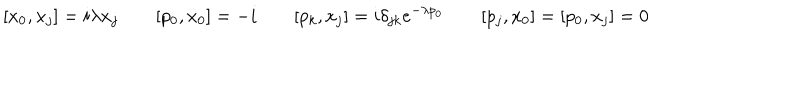
LaTeX: [ x _ { 0 } , x _ { j } ] = i \lambda x _ { j } \qquad [ p _ { 0 } , x _ { 0 } ] = - i \qquad [ p _ { k } , x _ { j } ] = i \delta _ { j k } e ^ { - \lambda p _ { 0 } } \qquad [ p _ { j } , x _ { 0 } ] = [ p _ { 0 } , x _ { j } ] = 0